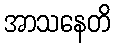
အာသနေတိ